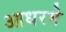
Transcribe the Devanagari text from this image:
आधरमे